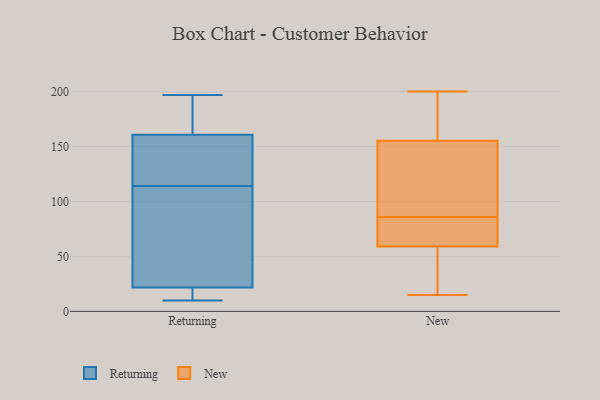
{"axis": {"x": "Budget (USD K)", "y": "Value"}, "legend": ["New", "Returning"], "data": [{"x": "", "y": 197, "type": "Returning"}, {"x": "", "y": 160, "type": "Returning"}, {"x": "", "y": 161, "type": "Returning"}, {"x": "", "y": 10, "type": "Returning"}, {"x": "", "y": 48, "type": "Returning"}, {"x": "", "y": 125, "type": "Returning"}, {"x": "", "y": 178, "type": "Returning"}, {"x": "", "y": 114, "type": "Returning"}, {"x": "", "y": 10, "type": "Returning"}, {"x": "", "y": 13, "type": "Returning"}, {"x": "", "y": 87, "type": "Returning"}, {"x": "", "y": 162, "type": "New"}, {"x": "", "y": 153, "type": "New"}, {"x": "", "y": 164, "type": "New"}, {"x": "", "y": 104, "type": "New"}, {"x": "", "y": 82, "type": "New"}, {"x": "", "y": 126, "type": "New"}, {"x": "", "y": 78, "type": "New"}, {"x": "", "y": 124, "type": "New"}, {"x": "", "y": 56, "type": "New"}, {"x": "", "y": 27, "type": "New"}, {"x": "", "y": 86, "type": "New"}, {"x": "", "y": 60, "type": "New"}, {"x": "", "y": 15, "type": "New"}, {"x": "", "y": 34, "type": "New"}, {"x": "", "y": 62, "type": "New"}, {"x": "", "y": 178, "type": "New"}, {"x": "", "y": 200, "type": "New"}]}